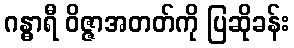
ဂန္ဓာရီ ဝိဇ္ဇာအတတ်ကို ပြဆိုခန်း